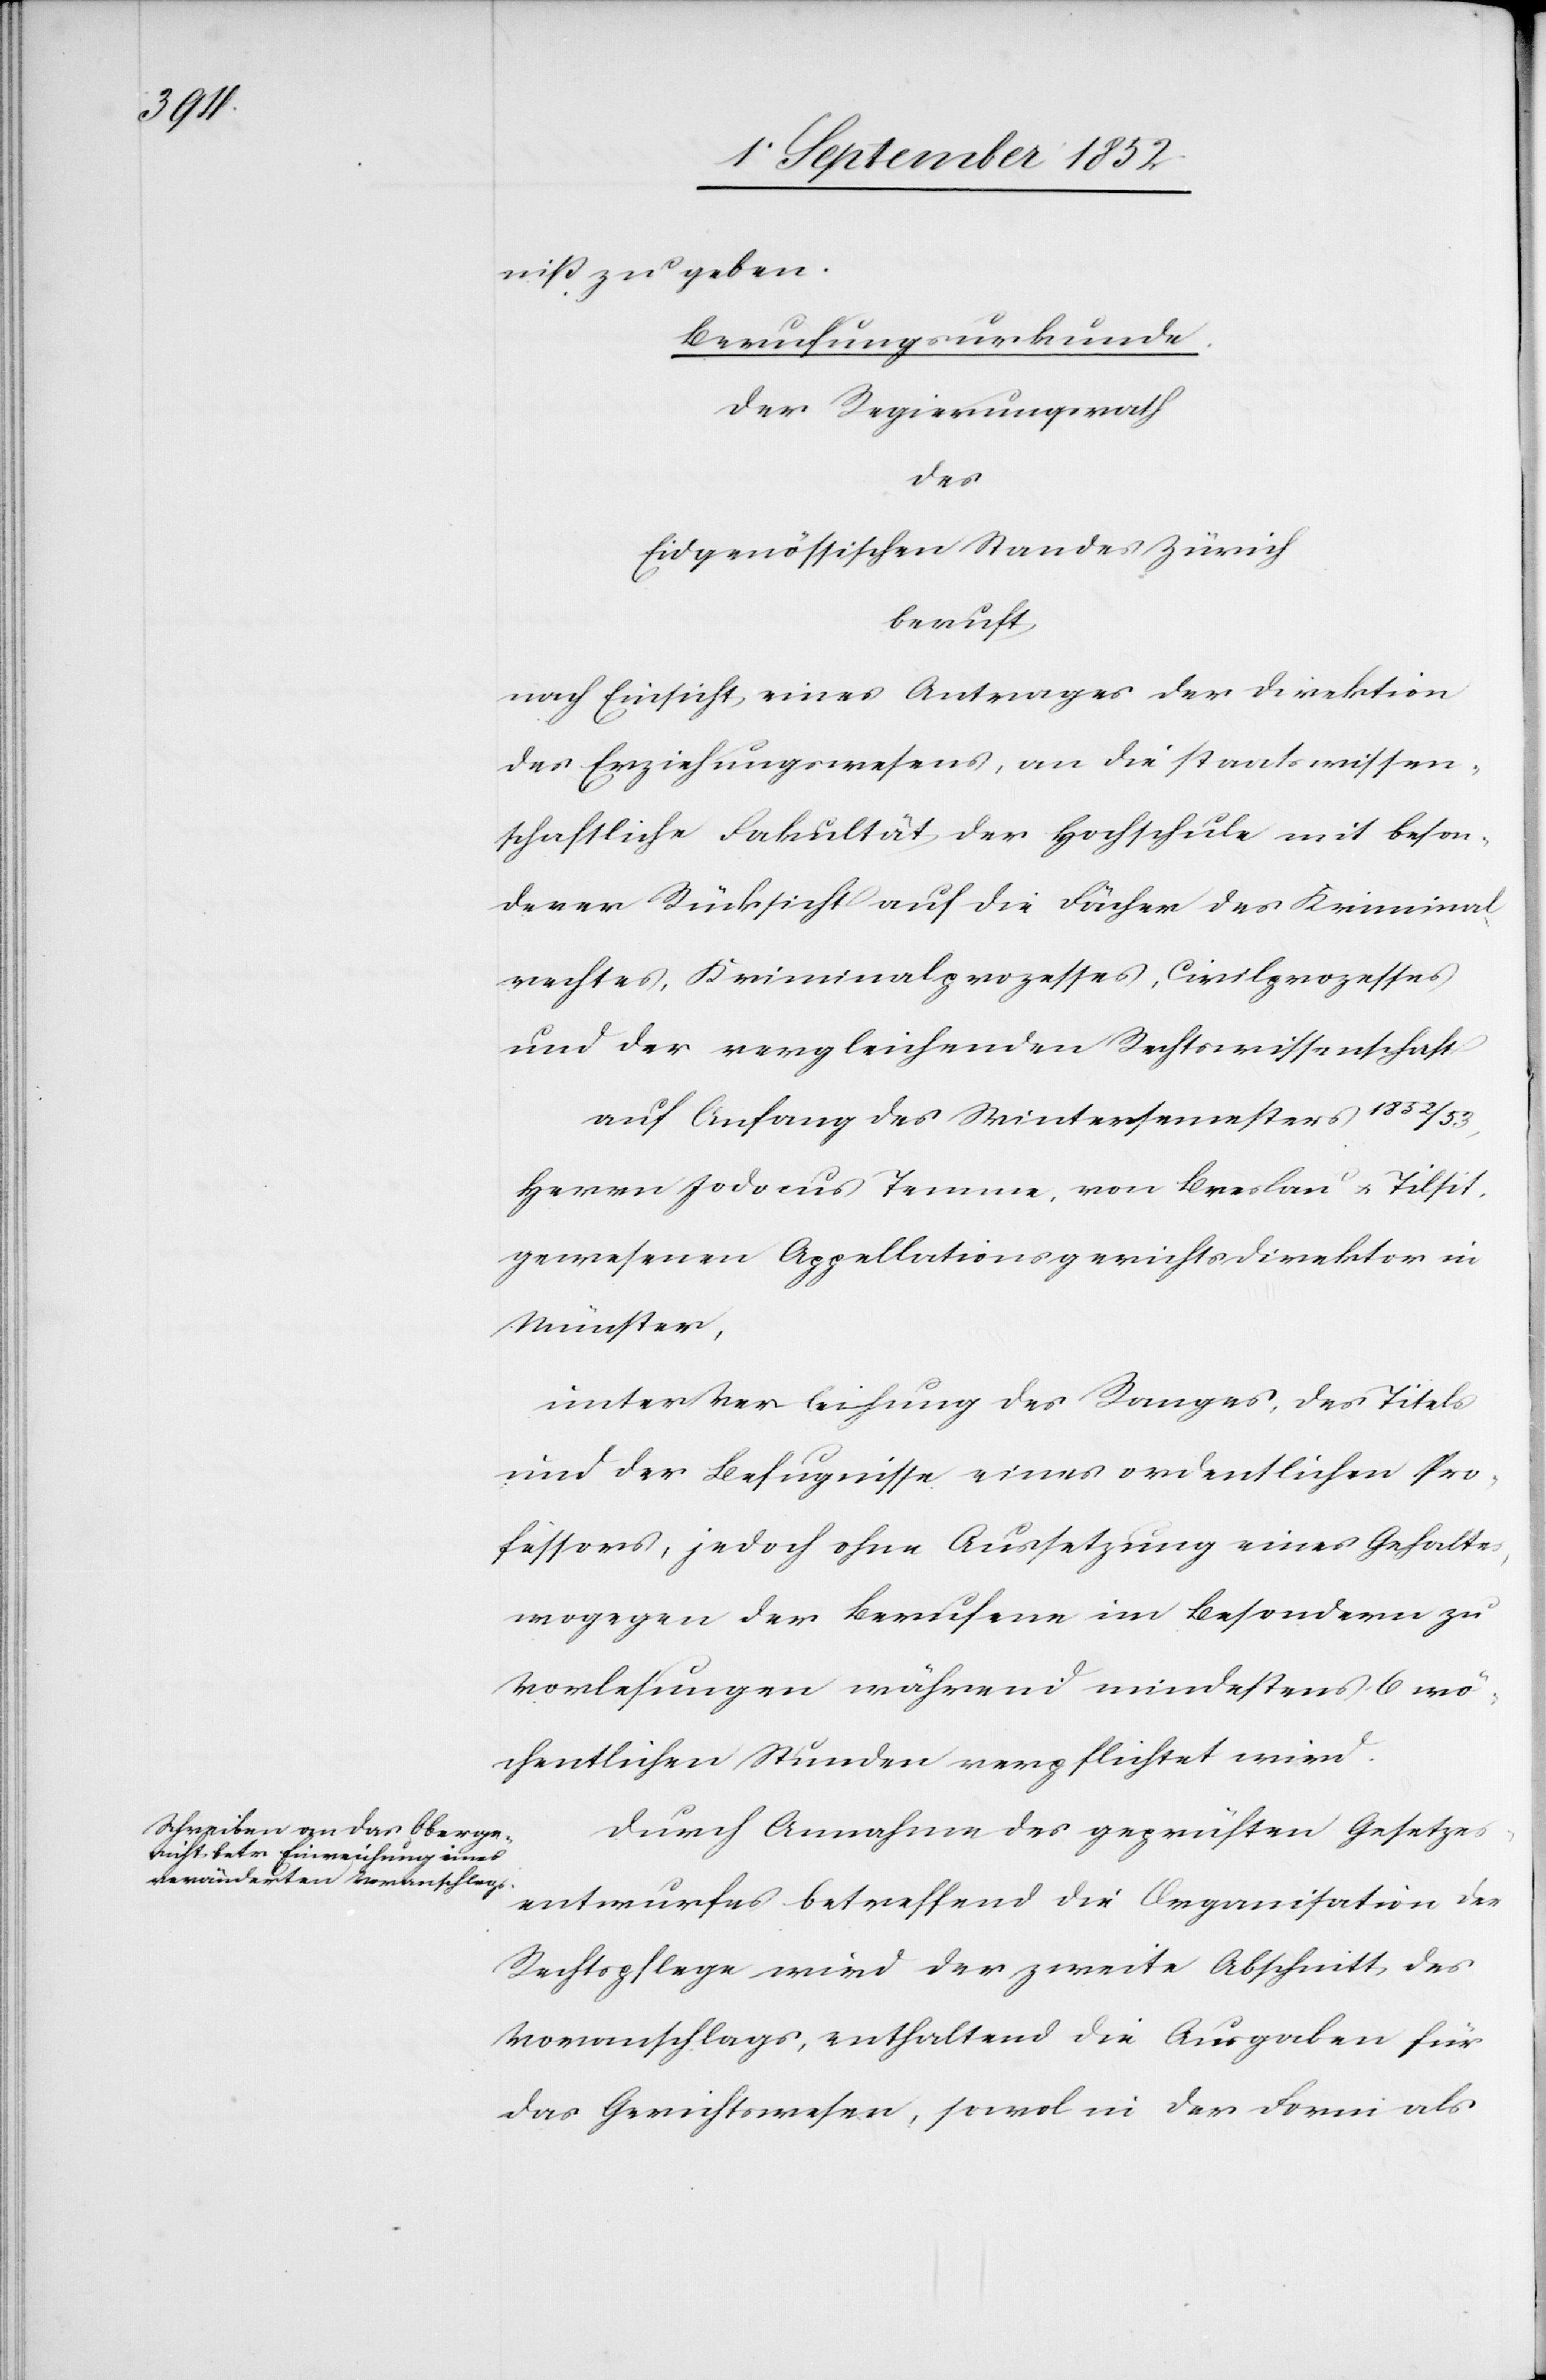
niß zu geben.
Berufungsurkunde.
Der Regierungsrath
des
Eidgenössischen Standes Zürich
beruft
nach Einsicht eines Antrages der Direktion
des Erziehungswesens, an die staatswissen¬
schaftliche Fakultät der Hochschule mit beson¬
derer Rücksicht auf die Fächer des Kriminal¬
rechtes, Kriminalprozesses, Civilprozesses
und der vergleichenden Rechtswissenschaft
auf Anfang des Wintersemesters 1852 / 53,
Herrn Jodocus Temme, von Breslau & Tilsit,
gewesenen Appellationsgerichtsdirektor in
Münster,
unter Verleihung des Ranges, des Titels
und der Befugnisse eines ordentlichen Pro¬
fessors, jedoch ohne Aussetzung eines Gehaltes,
wogegen der Berufene im Besondern zu
Vorlesungen während mindestens 6 wö¬
chentlichen Stunden verpflichtet wird.
Durch Annahme des geprüften Gesetzes¬
entwurfes betreffend die Organisation der
Rechtspflege wird der zweite Abschnitt des
Voranschlags, enthaltend die Ausgaben für
das Gerichtswesen, sowo[h]l in der Form als